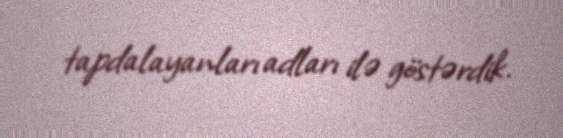
tapdalayanları adları ilə göstərdik.